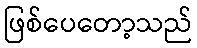
ဖြစ်ပေတော့သည်